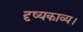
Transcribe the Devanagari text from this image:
दृष्यकाव्य।